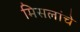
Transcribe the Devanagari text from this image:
मिसलांचे